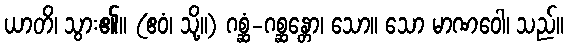
ယာတိ၊ သွား၏။ (ဧဝံ၊ သို့။) ဂစ္ဆံ-ဂစ္ဆန္တော၊ သော။ သော မာဏဝေါ၊ သည်။